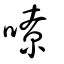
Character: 嘹